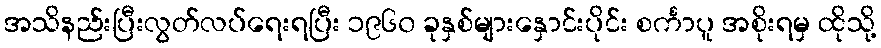
အသိနည်းပြီးလွတ်လပ်ရေးရပြီး ၁၉၆၀ ခုနှစ်များနှောင်းပိုင်း စင်္ကာပူ အစိုးရမှ ထိုသို့